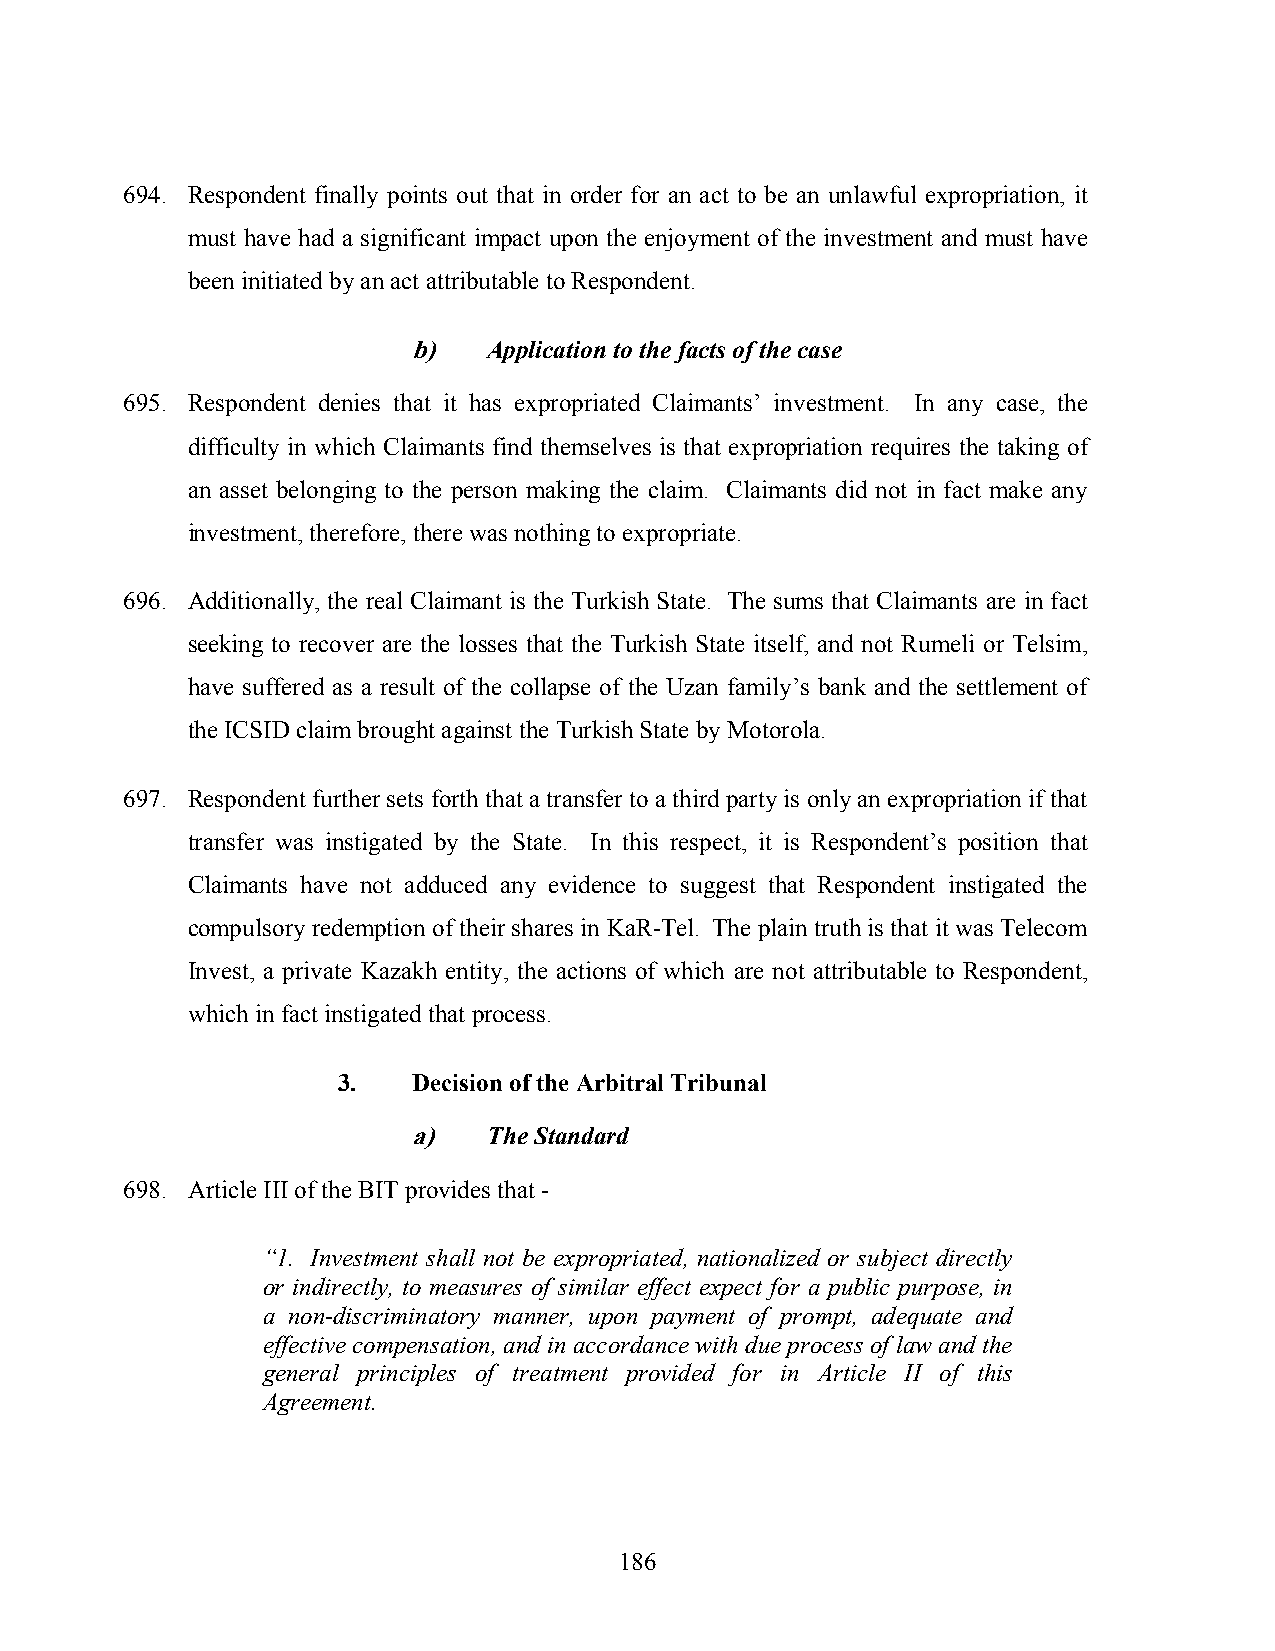
694. Respondent finally points out that in order for an act to be an unlawful expropriation, it
 must have had a significant impact upon the enjoyment of the investment and must have
 been initiated by an act attributable to Respondent.
 b)   Application to the facts of the case
 695. Respondent denies that it has expropriated Claimants’ investment. In any case, the
 difficulty in which Claimants find themselves is that expropriation requires the taking of
 an asset belonging to the person making the claim. Claimants did not in fact make any
 investment, therefore, there was nothing to expropriate.
 696. Additionally, the real Claimant is the Turkish State. The sums that Claimants are in fact
 seeking to recover are the losses that the Turkish State itself, and not Rumeli or Telsim,
 have suffered as a result of the collapse of the Uzan family’s bank and the settlement of
 the ICSID claim brought against the Turkish State by Motorola.
 697. Respondent further sets forth that a transfer to a third party is only an expropriation if that
 transfer was instigated by the State. In this respect, it is Respondent’s position that
 Claimants have not adduced any evidence to suggest that Respondent instigated the
 compulsory redemption of their shares in KaR-Tel. The plain truth is that it was Telecom
 Invest, a private Kazakh entity, the actions of which are not attributable to Respondent,
 which in fact instigated that process.
 3.   Decision of the Arbitral Tribunal
 a)   The Standard
 698. Article III of the BIT provides that -
 “1. Investment shall not be expropriated, nationalized or subject directly
 or indirectly, to measures of similar effect expect for a public purpose, in
 a non-discriminatory manner, upon payment of prompt, adequate and
 effective compensation, and in accordance with due process of law and the
 general principles of treatment provided for in Article II of this
 Agreement.
 186